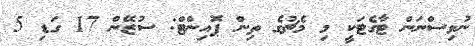
ނުވިސްނަން ޓާގެޓަކީ މި މެޗުގެ ތިން ޕޮއިންޓް: ސުޒޭން 17 ގަޑި 5